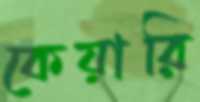
কেয়ারি